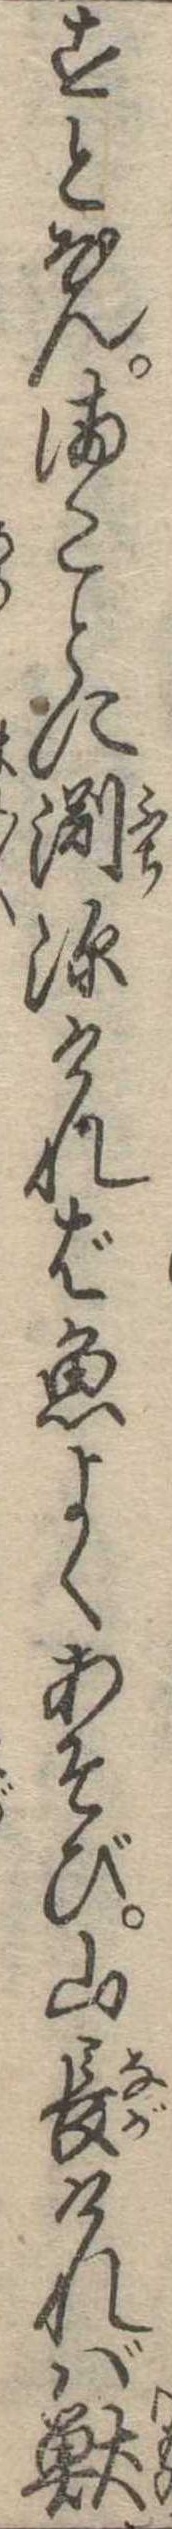
すとなんまことに淵深ければ魚よくあそび山長ければ獣